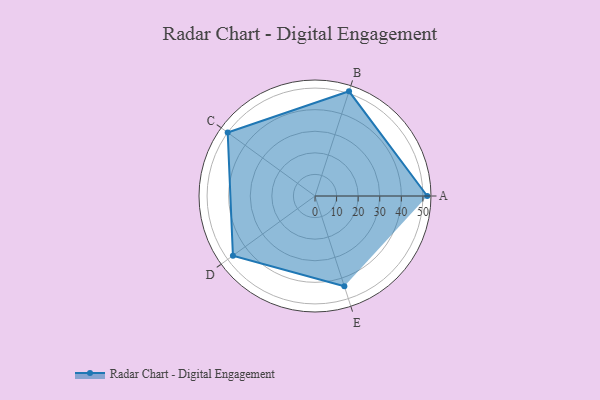
{"axis": {"x": "Skill", "y": "Score"}, "legend": ["Profile"], "data": [{"x": "A", "y": 52.0, "type": "Profile"}, {"x": "B", "y": 51.0, "type": "Profile"}, {"x": "C", "y": 50.0, "type": "Profile"}, {"x": "D", "y": 47.0, "type": "Profile"}, {"x": "E", "y": 44.0, "type": "Profile"}]}